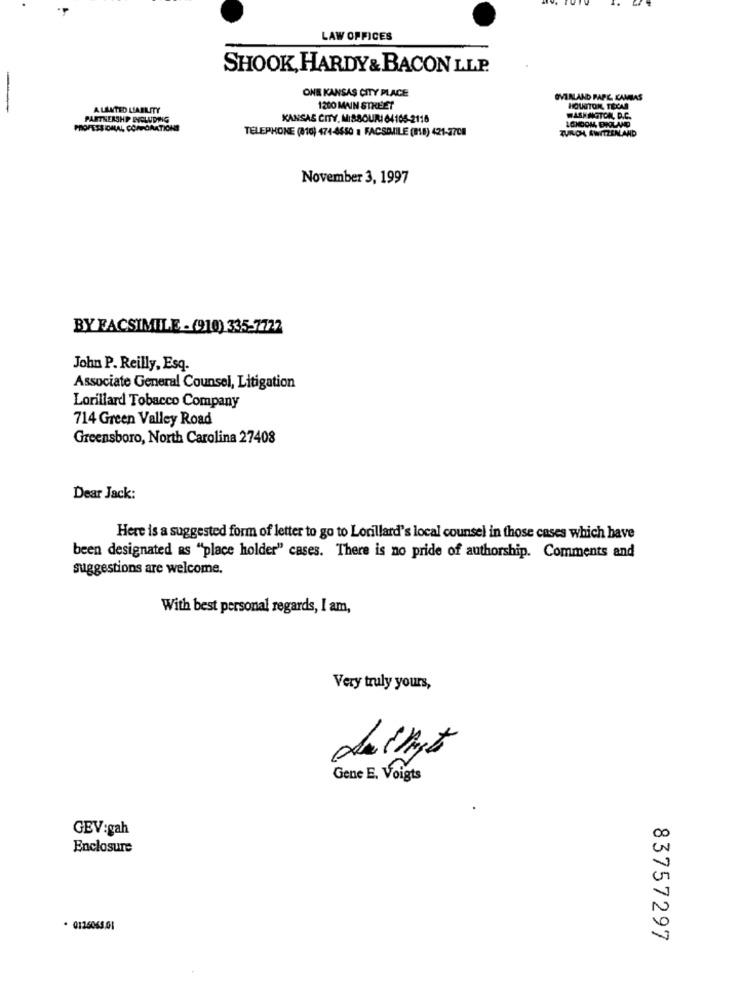
LAW OFFICES
SHOOK, HARDY & BACON LLP.
ONE KANSAS CITY PLACE
OVERLAND PAPE CAMBAS
A LIMITED LIABILITY
1200 MAIN STREET
HOUSTON, TEXAS
PARTNERSHIP BYCLUDING
KANSAS CITY, MISSOURI 64105-2115
LONDON, ENHOLAND
WASHINGTON, D.C.
PROFESSIONAL, CORPORATIONS
TELEPHONE (010) 474-4550 1 FACSIMILE (818) 421-2708
TUROL, AWITZEN AND
November 3, 1997
BY FACSIMILE - (910) 335-7722
John P. Reilly, Esq.
Associate General Counsel, Litigation
Lorillard Tobacco Company
714 Green Valley Road
Greensboro, North Carolina 27408
Dear Jack:
Here is a suggested form of letter to go to Lorillard's local counsel in those cases which have
been designated RS "place holder" cases. There is no pride of authorship. Comments and
suggestions are welcome.
With best personal regards, I am,
Very truly yours,
Gene E. Voigts
GEV:gah
Enclosure
. 0126065.01
83757297